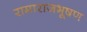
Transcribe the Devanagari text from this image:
रामाराजभूषण